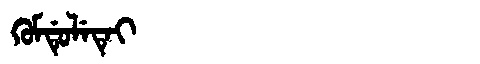
Manchu: ᡴᡠᠮᡩᡠᠯᡝᡨᡝᡳ
Romanization: KUMDULETEI